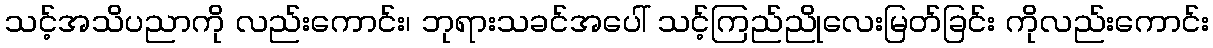
သင့်အသိပညာကို လည်းကောင်း၊ ဘုရားသခင်အပေါ် သင့်ကြည်ညိုလေးမြတ်ခြင်း ကိုလည်းကောင်း